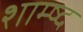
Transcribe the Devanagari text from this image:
शाम्ष्द